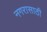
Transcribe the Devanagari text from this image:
नगरासाठी